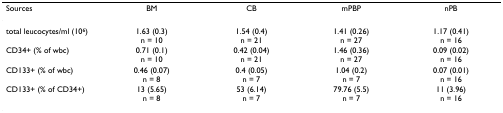
| Sources | BM | CB | mPBP | nPB |
 | --- | --- | --- | --- | --- |
 | total leucocytes/ml (106) | 1.63 (0.3)n = 10 | 1.54 (0.4)n = 21 | 1.41 (0.26)n = 27 | 1.17 (0.41)n = 16 |
 | CD34+ (% of wbc) | 0.71 (0.1)n = 10 | 0.42 (0.04)n = 21 | 1.46 (0.36)n = 27 | 0.09 (0.02)n = 16 |
 | CD133+ (% of wbc) | 0.46 (0.07)n = 8 | 0.4 (0.05)n = 7 | 1.04 (0.2)n = 7 | 0.07 (0.01)n = 16 |
 | CD133+ (% of CD34+) | 13 (5.65)n = 8 | 53 (6.14)n = 7 | 79.76 (5.5)n = 7 | 11 (3.96)n = 16 |